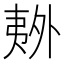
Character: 𫯏